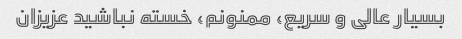
بسیار عالی و سریع، ممنونم، خسته نباشید عزیزان